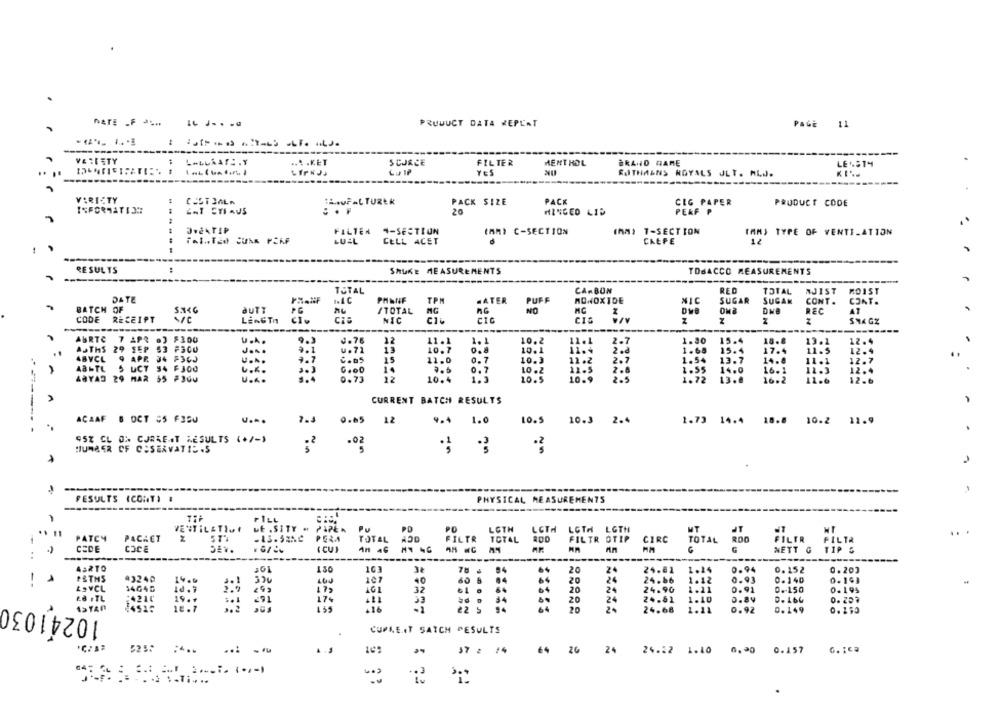
PRUUUCT DATA REPEAT
PAGE 11
----
V& TE ETY
.... KET
S CJRCE
FILTER
MENT HOL
BRAND NAME
LE 1814
YES
ROTHMANS ROYALS JLT. AL ..
VARIETY
CUST JALA
:A.AUFAL TUREK
PACK SIZE
PACK
CLG PAPER
PRODUCT CODE
INFORMATION
GAT STI Aus
. . .
20
HINGED LID
PERF P
JOELTIP
FILTER 4-SECTION
(AR) C-SECTION
(MM) T-SECTION
IAM) TYPE OF VENTILATION
LUAL
CELL ACET
CALPE
RESULTS
:
SHURE MEASUREMENTS
TOBACCO MEASUREMENTS
TOTAL
CARBON
RED
TOTAL
MJIST MOIST
DATE
PHANF
PHENF
TPM
HATER
PUFF
MONOXIDE
NIC
SUGAR
SUGAM
CONT.
CONT .
BATCH OF
NO
MC
auTT
PG
/TOTAL
REC
AT
CODE
RECEIPT
LENGTH
NIC
C1i
CIC
CIG
Z
STAGZ
AURTC
7 APR
F100
U ...
9.3
0.76
12
11.1
2.1
10.2
11.1
2.7
1.80
15.4
18.8
13.1
12.4
AJTHS
29 SEP
53 FaCO
7.1
u. 71
13
10.1
10.1
11.4
1.68
15.4
17.4
11.5
12.4
ABVCL
9 APR
34 F36J
9.7
15
2 .8
1.54
U ...
11.0
0.7
10.3
11.2
13.7
14.8
11.1
12.7
481TL
S UCT
94 F300
u.4.
G.OD
14
0.7
10.2
12.5
2.8
1.55
14.0
16.1
11.3
ABYAD
MAR 55 F300
U ...
1.4
0.73
22
10.4
10.5
10.9
2.5
1.72
13.0
16.2
11.6
12.6
CURRENT BATCH RESULTS
ACAAF B OCT #5 F350
....
7.3
0.05
12
9.4 1.0
10.5
10.3 2.4
1.73 14.4 18.8 10.2 11.9
95% GL ON CURRENT RESULTS (+/-)
HUMBER OF COSERVATIE .S
FESULTS (CONT) &
PHYSICAL MEASUREMENTS
FILL
VENTILATION
ut . SITY .
Pu
PD
PO
LOTH
LCTH
LGTH LGTH
IT
.. 11
PATCY
PACKET
5T4
ADD
PERA
TOTAL
FILTR
TOTAL
FILTR OTIP
CIRC
TOTAL ROD
FILTR
CODE
COCE
DET.
( CU)
MT 46
NETT G
TIP &
:
-----
--
432TO
130
3:
94
20
24
24.81
1.24
0.94
0.152
0.203
P&THS
43240
14.0
334
107
40
60 6
84
64
20
24
24.66
1.12
0.93
0.140
0-193
--
LOVCL
14640
1d .7
2.9 9 2
17 ,
AGA
32
20
24
24.90
1.21
0. 91
0 .- 150
0.195
Ed FTL
10241030
:4210
19.+
33
34
20
24
24.61
1.10
0.84
D.166
0.207
17%
1.55
+16
94
64
¥4515
12.7
-1
22 5
20
24.68
1.12
0.92
0.149
0.190
CUPLE IT SATCH RESULTS
5252
... ..
37 2 #4
26
24
24.22 1.10 6.20 0.157